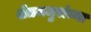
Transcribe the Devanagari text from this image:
शेतमजुरांच्या